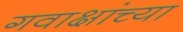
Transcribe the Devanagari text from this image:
गवाक्षांच्या